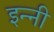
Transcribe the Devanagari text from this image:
इन्नी